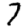
Digit: 7